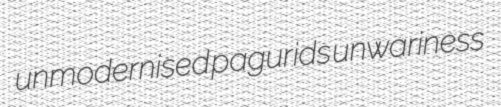
unmodernised pagurids unwariness